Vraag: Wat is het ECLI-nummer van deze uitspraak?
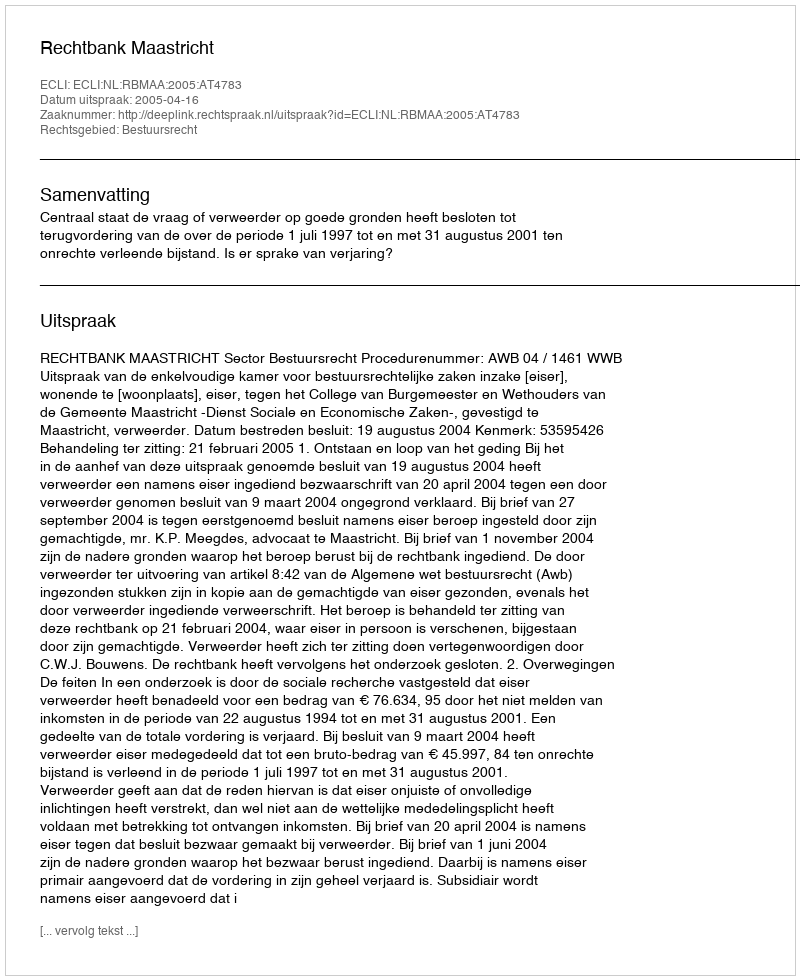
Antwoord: ECLI:NL:RBMAA:2005:AT4783